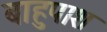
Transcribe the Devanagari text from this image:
बाहुपाश